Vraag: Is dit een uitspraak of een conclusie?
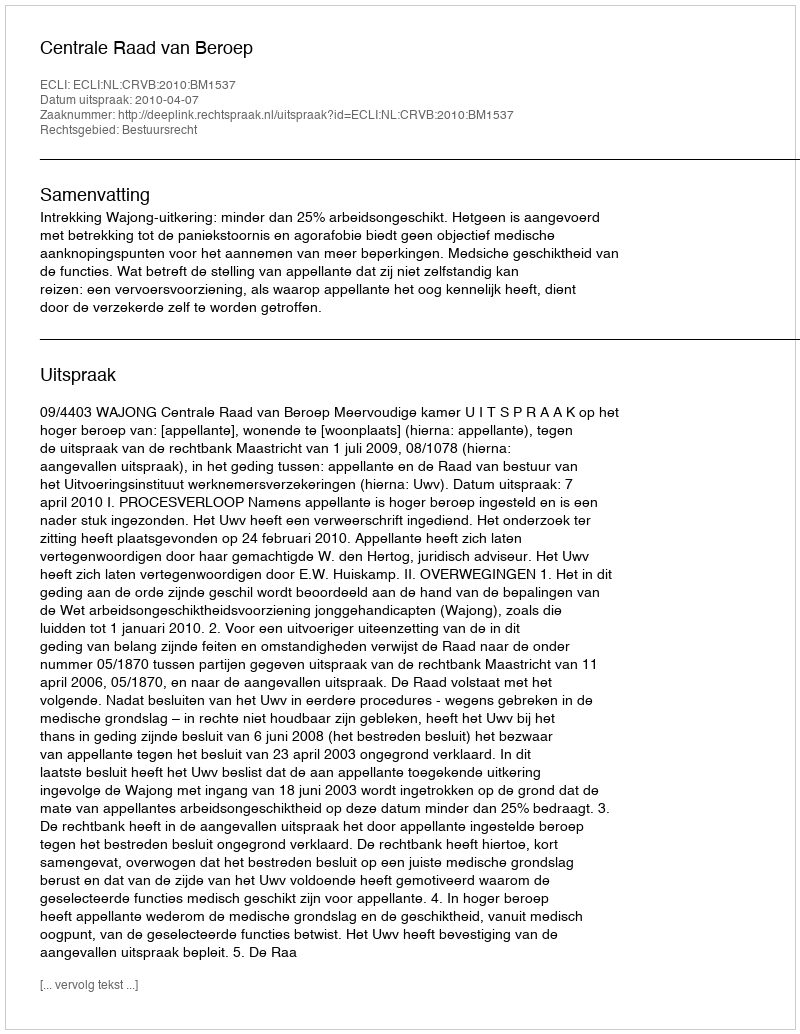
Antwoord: Uitspraak